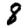
Digit: 8